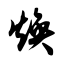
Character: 焕